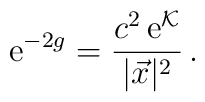
{\rm e}^{-2g} = {c^2\,{\rm e}^{{\cal K}}  \over |\vec{x}|^2}\,.